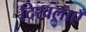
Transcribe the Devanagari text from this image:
दिखलाएँ